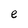
Character: e